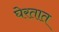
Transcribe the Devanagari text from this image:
घेरतात